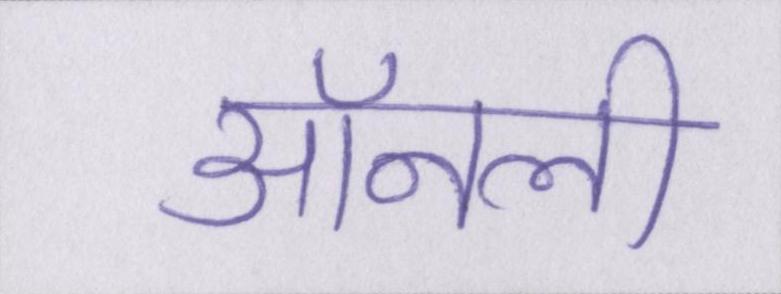
ऑनली